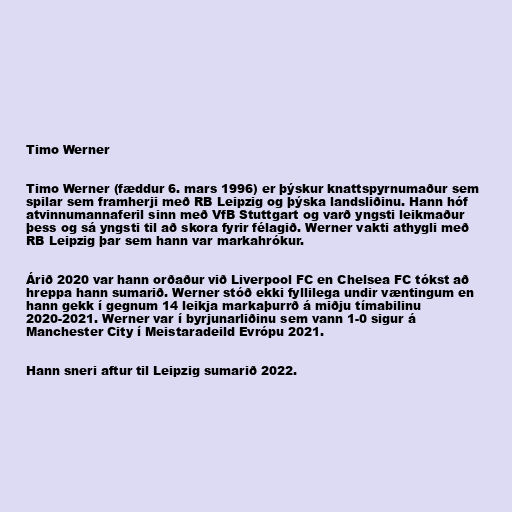
Timo Werner

Timo Werner (fæddur 6. mars 1996) er þýskur knattspyrnumaður sem
spilar sem framherji með RB Leipzig og þýska landsliðinu. Hann hóf
atvinnumannaferil sinn með VfB Stuttgart og varð yngsti leikmaður
þess og sá yngsti til að skora fyrir félagið. Werner vakti athygli með
RB Leipzig þar sem hann var markahrókur.

Árið 2020 var hann orðaður við Liverpool FC en Chelsea FC tókst að
hreppa hann sumarið. Werner stóð ekki fyllilega undir væntingum en
hann gekk í gegnum 14 leikja markaþurrð á miðju tímabilinu
2020-2021. Werner var í byrjunarliðinu sem vann 1-0 sigur á
Manchester City í Meistaradeild Evrópu 2021.

Hann sneri aftur til Leipzig sumarið 2022.